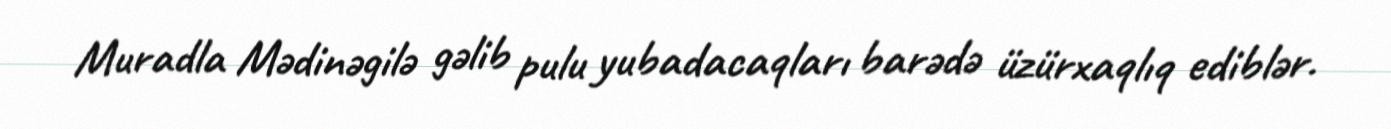
Muradla Mədinəgilə gəlib pulu yubadacaqları barədə üzürxaqlıq ediblər.